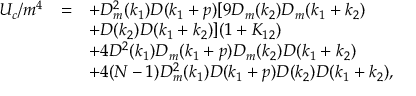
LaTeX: \begin{array} { r c l } { { U _ { c } / m ^ { 4 } } } & { { = } } & { { \displaystyle + D _ { m } ^ { 2 } ( k _ { 1 } ) D ( k _ { 1 } + p ) [ 9 D _ { m } ( k _ { 2 } ) D _ { m } ( k _ { 1 } + k _ { 2 } ) } } \\ { { } } & { { } } & { { \displaystyle + D ( k _ { 2 } ) D ( k _ { 1 } + k _ { 2 } ) ] ( 1 + K _ { 1 2 } ) } } \\ { { } } & { { } } & { { \displaystyle + 4 D ^ { 2 } ( k _ { 1 } ) D _ { m } ( k _ { 1 } + p ) D _ { m } ( k _ { 2 } ) D ( k _ { 1 } + k _ { 2 } ) } } \\ { { } } & { { } } & { { \displaystyle + 4 ( N - 1 ) D _ { m } ^ { 2 } ( k _ { 1 } ) D ( k _ { 1 } + p ) D ( k _ { 2 } ) D ( k _ { 1 } + k _ { 2 } ) , } } \end{array}